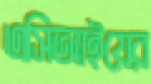
এসিআইয়ের